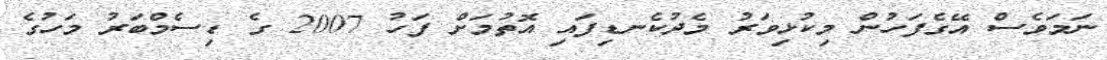
ނަމަވެސް އޭގެފަހުން މިކުޅިވަރު މެދުކެނޑިފައި އޮތުމަށް ފަހު 2007 ގެ ޑިސެމްބަރު މަހުގެ